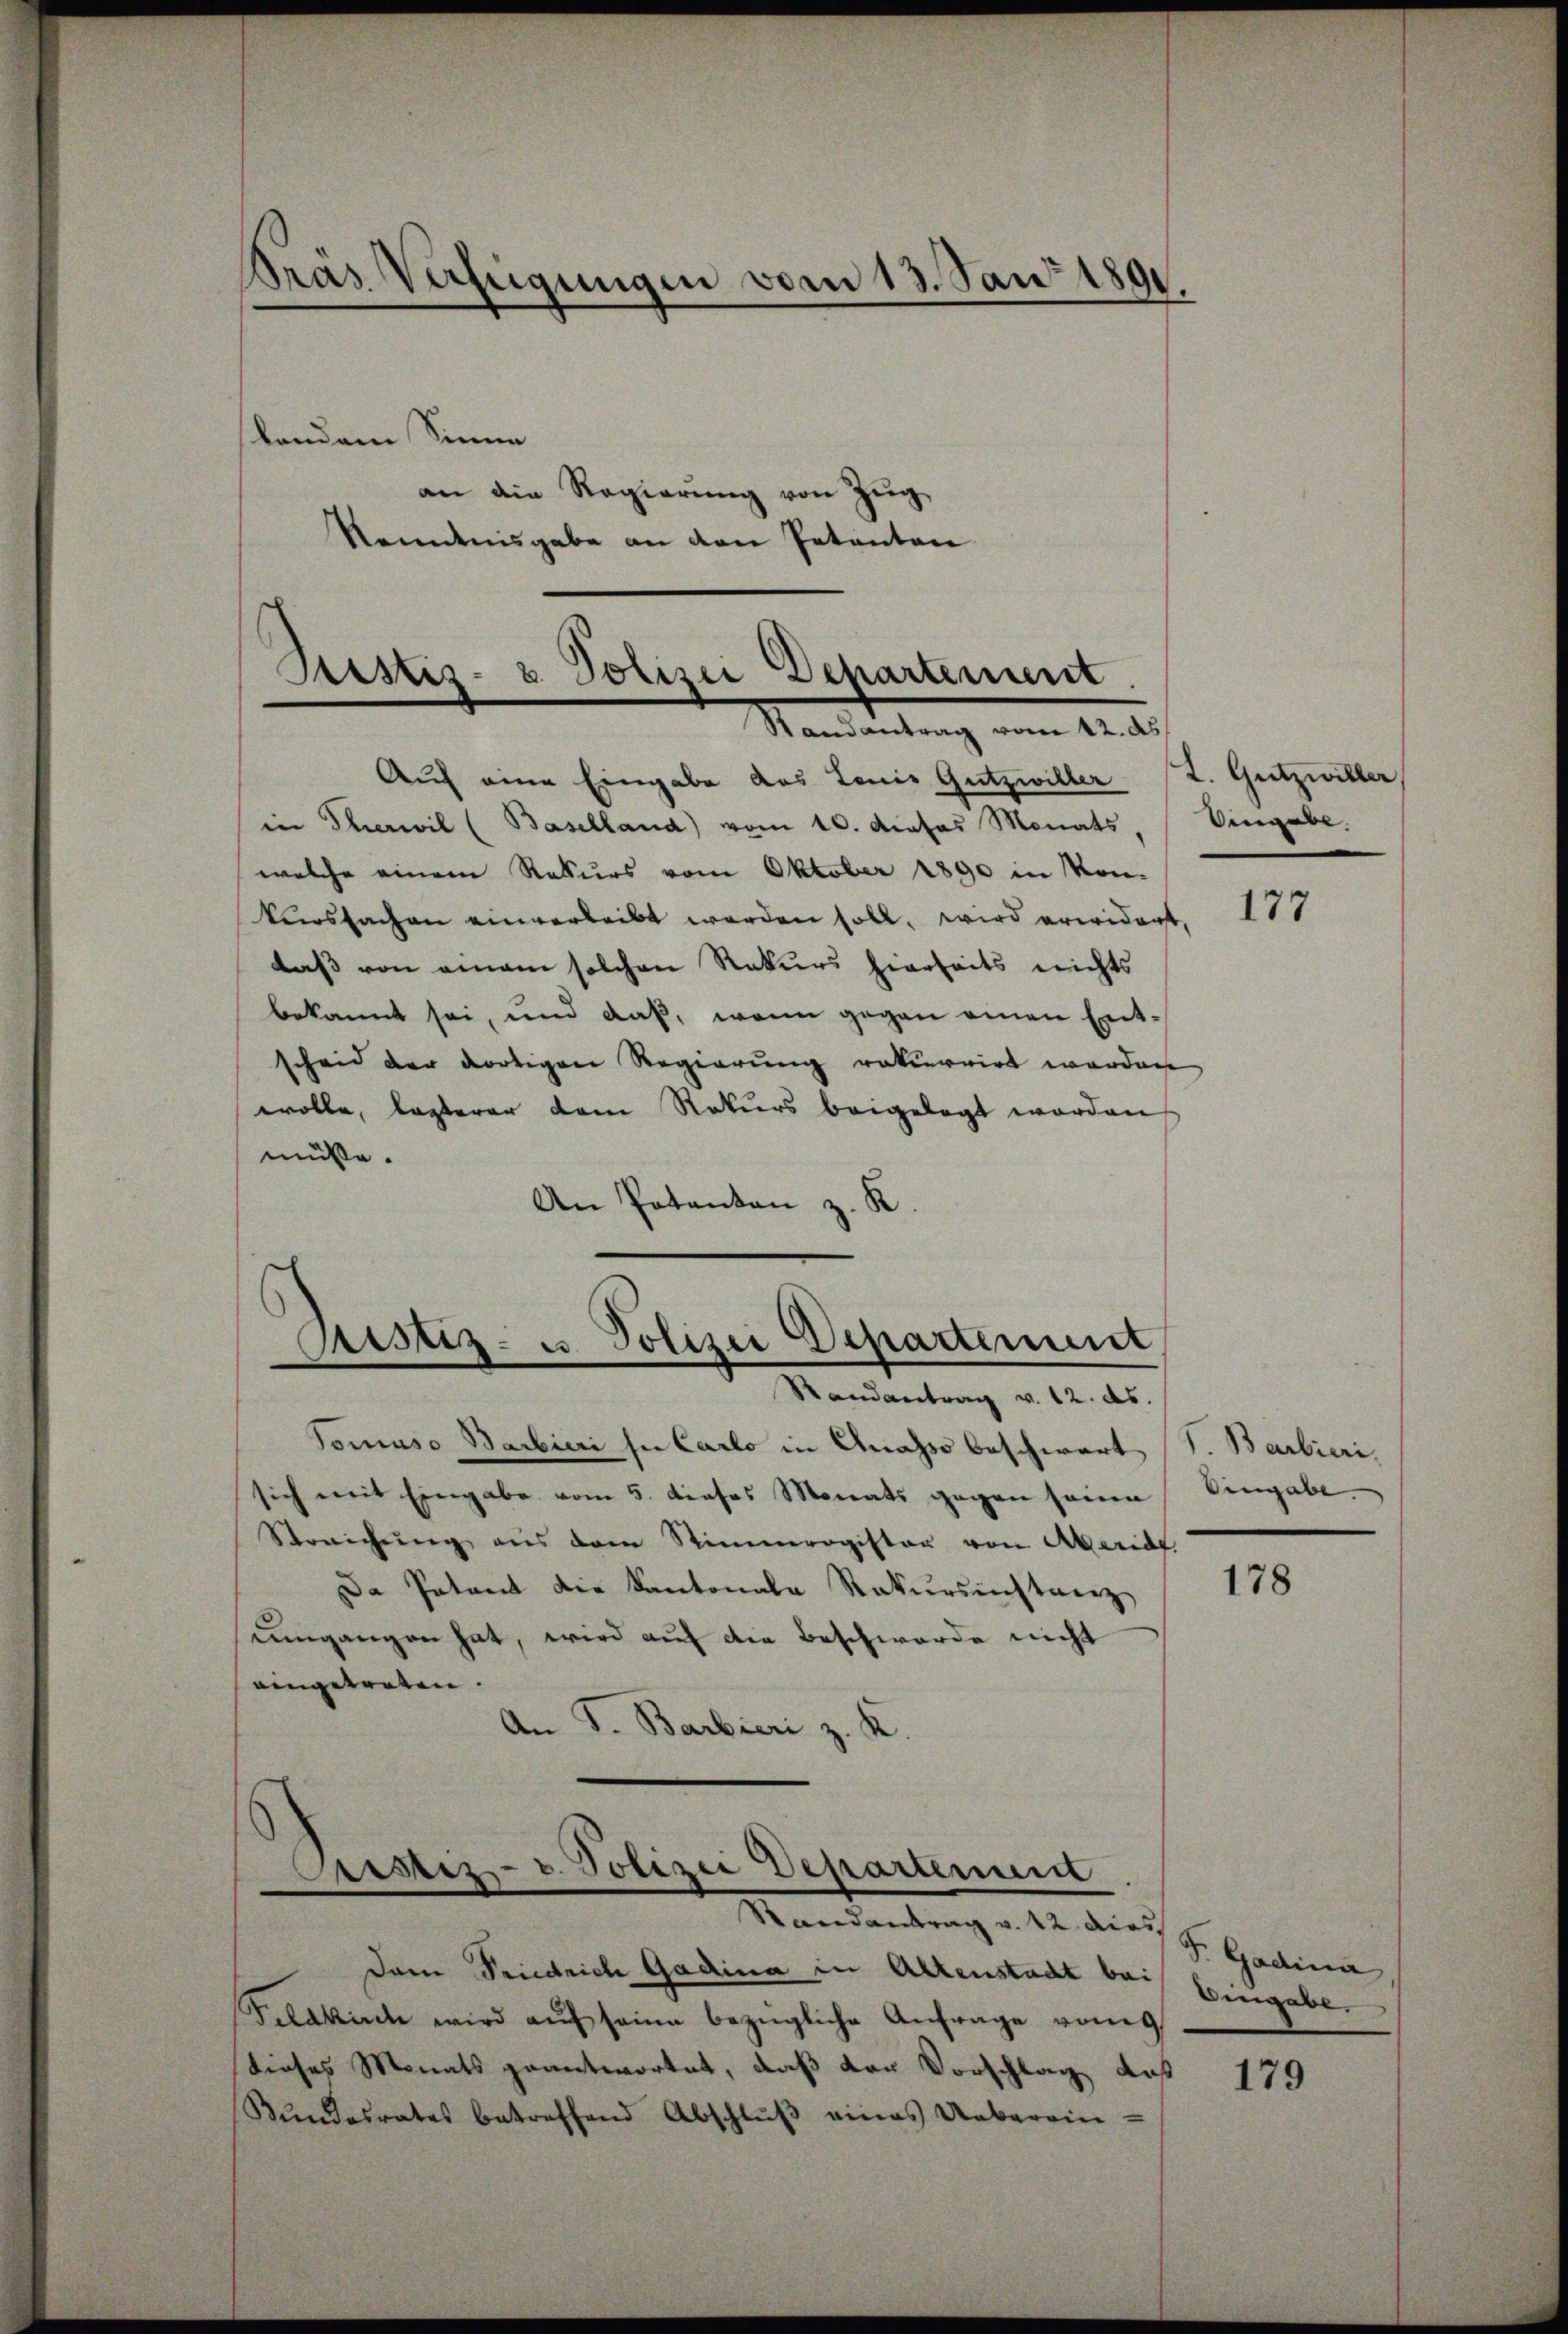
Prás Verfügungen vom 13. Jan. 1890.

lendem Sinne
an die Regierung von Zug
Kenntnisgabe an den Petenten

Ristiz- & Polizei Departement
Randantrag vom 12. ds.

Auch eine Eingabe das Louis Gutzwiller L. Gutzwiller,
in Therwil (Baselland) vom 10. dieses Monats, Eingabe.
welche einem Rekurs vom Oktober 1890 in Mon-
kurssachen einverleibt worden soll, wird erwidert 179
daß von einem solchen Rekurs hierseits nichts
bekannt sei, und daß, wenn gegen einen Entscheid der dortigen Regierung rekurrirt werden
wolle, lasterer dem Rekurs beigelegt worden
müße.
An Potanten z. K.

Justiz- u. Polizei Departement
—
Randantrag v. 12. ds.

Tomuso Barbieri sue Carlo in Gnasso beschwart (S. Barbieri,
sich mit Eingabe vom 5. dieses Monats gegen seine
Streichŭng aus dem Stimmregister von Meridf.
Da Patent die Kantonale Rekursinstanz
umgangen hat, wird auf die Beschwerde nicht
eingetreten.
An J. Barbieri z. K.

Pustiz- u. Polizei Departement
u
e
e
Randantrag v. 22. dies

Dem Friedrich Gadina in Altenstadt bei
Feldkirch wird aŭf seine bezügliche Anfrage von
dieses Monats geantwortet, daß vor Vorschlag auß
Stŭndesrates betreffend Abschlŭβ eines Ueberein-

Eingabe

178

F. Gadina
Eingabe

179